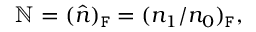
\mathbb { N } = ( \hat { n } ) _ { \mathtt { F } } = ( n _ { 1 } / n _ { 0 } ) _ { \mathtt { F } } ,